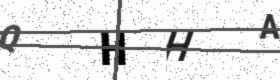
Text: QHHA